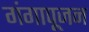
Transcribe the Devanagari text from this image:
गंगापूजन